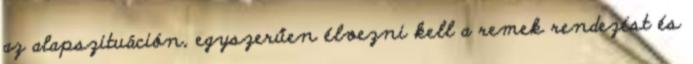
az alapszituáción, egyszerűen élvezni kell a remek rendezést és